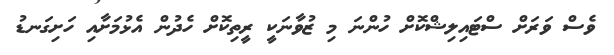
ވެސް ވަރަށް ސްޓައިލިޝްކޮށް ހުންނަ މި ޒުވާނަކީ ރީތިކޮށް ހެދުން އެޅުމަށާއި ހަށިގަނޑު